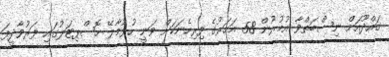
ގައްދޫއަށް ނިސްބަތްވާ އުމުރުން 58 އަހަރުގެ ފިރިހެނަކަށް ވަނީ ހުޅުމާލޭ ހޮސްޕިޓަލުގައި ފަރުވާދީފަ